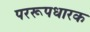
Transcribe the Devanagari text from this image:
पररूपधारक